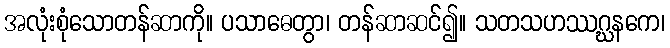
အလုံးစုံသောတန်ဆာကို။ ပသာဓေတွာ၊ တန်ဆာဆင်၍။ သတသဟဿဂ္ဃနကေ၊